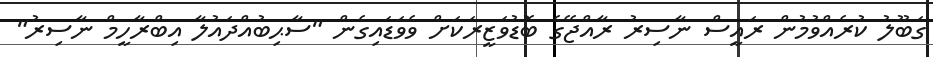
ގަބޫލު ކުރެއްވުމުން ރައީސް ނާސިރު ރާއްޖޭގެ ބޮޑުވަޒީރަކަށް ވެވަޑައިގެން "ސާޙިބުއްދައުލާ އިބްރާހީމް ނާސިރު"